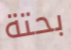
بحتة